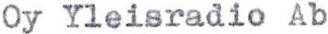
Oy Yleisradio Ab